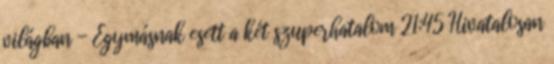
világban - Egymásnak esett a két szuperhatalom 21:45 Hivatalosan